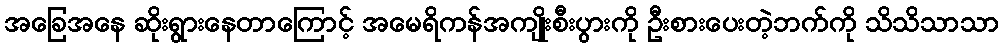
အခြေအနေ ဆိုးရွားနေတာကြောင့် အမေရိကန်အကျိုးစီးပွားကို ဦးစားပေးတဲ့ဘက်ကို သိသိသာသာ